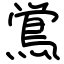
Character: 鴬